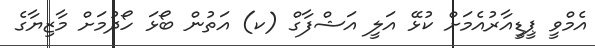
އެމްވީ ޕީޑީއާރުއެމަށް ކުޅޭ އަލީ އަޝްފާގް (ކ) އަތުން ބޯޅަ ހޯދުމަށް މާޒިޔާގެ